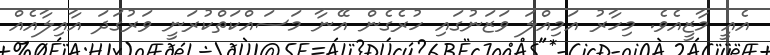
އެއީ މާޒީއެވެ. މިހާރު އަމިއްލަ ވަޒަނުގައި ހުރެގެން އޭނާ މަސައްކަތްކުރަނީ ވަރުގަދަ އާއިލާއެއް